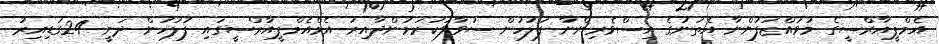
އެމްޕީއާރްސީގެ މުވައްްޒަފުންނާ އެތަނުގެ އިސްވެރިންނާ ފުލުހުން ސުވާލުކުރަމުންދާއިރު އެމްއެމްޕީއާރްސީގައި ފުލުހުން ދަނީ 24ގަޑިއިރު